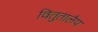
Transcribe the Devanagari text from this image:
वितुतालैप